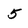
Character: 5